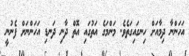
އަހަންނާ ދިމާއަށް ހިނގައިގަތެވެ. މަންމަގެ އަތުގައި އޮތް ދާނި ދަނޑި އަހަންނަށް ފެނުނީ